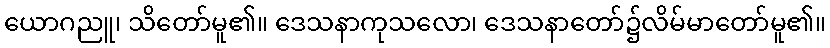
ယောဂညူ၊ သိတော်မူ၏။ ဒေသနာကုသလော၊ ဒေသနာတော်၌လိမ်မာတော်မူ၏။